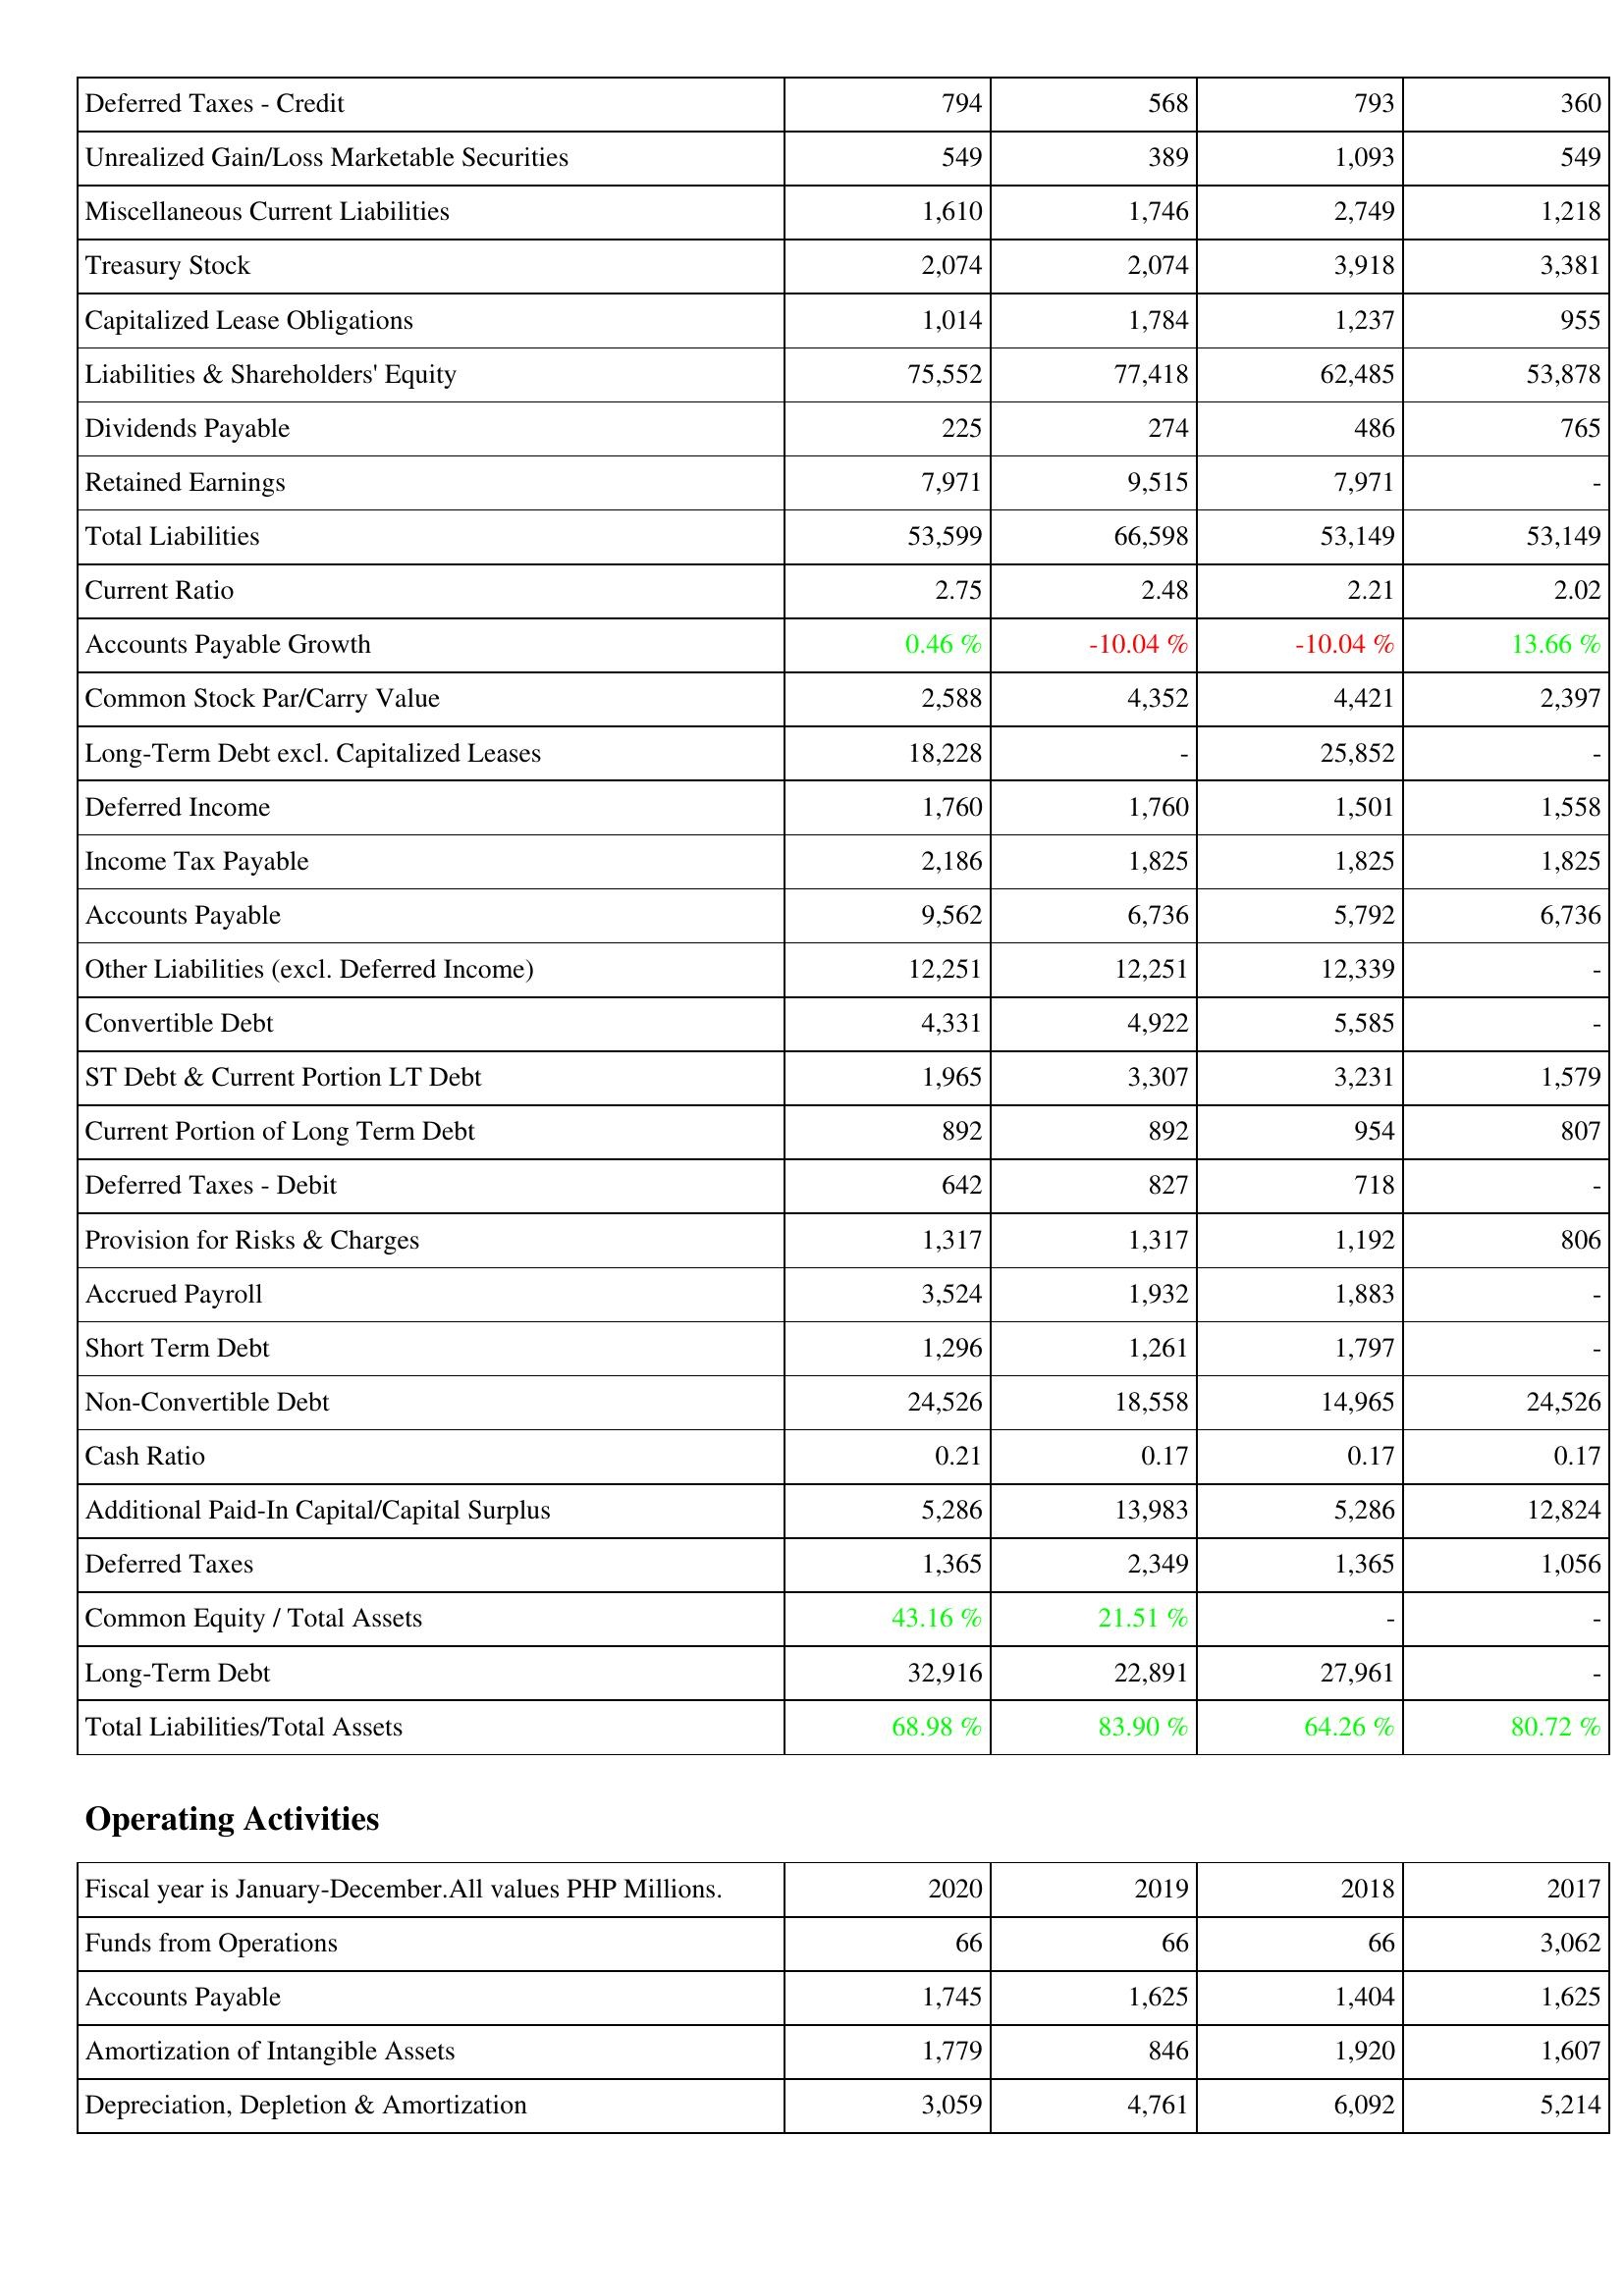
2020: Liabilities & Shareholders' Equity: Deferred Taxes - Credit: 794
Unrealized Gain/Loss Marketable Securities: 549
Miscellaneous Current Liabilities: 1,610
Treasury Stock: 2,074
Capitalized Lease Obligations: 1,014
Liabilities & Shareholders' Equity: 75,552
Dividends Payable: 225
Retained Earnings: 7,971
Total Liabilities: 53,599
Current Ratio: 2.75
Accounts Payable Growth: 0.46 %
Common Stock Par/Carry Value: 2,588
Long-Term Debt excl. Capitalized Leases: 18,228
Deferred Income: 1,760
Income Tax Payable: 2,186
Accounts Payable: 9,562
Other Liabilities (excl. Deferred Income): 12,251
Convertible Debt: 4,331
ST Debt & Current Portion LT Debt: 1,965
Current Portion of Long Term Debt: 892
Deferred Taxes - Debit: 642
Provision for Risks & Charges: 1,317
Accrued Payroll: 3,524
Short Term Debt: 1,296
Non-Convertible Debt: 24,526
Cash Ratio: 0.21
Additional Paid-In Capital/Capital Surplus: 5,286
Deferred Taxes: 1,365
Common Equity / Total Assets: 43.16 %
Long-Term Debt: 32,916
Total Liabilities/Total Assets: 68.98 %
Operating Activities: Funds from Operations: 66
Accounts Payable: 1,745
Amortization of Intangible Assets: 1,779
Depreciation, Depletion & Amortization: 3,059
2019: Liabilities & Shareholders' Equity: Deferred Taxes - Credit: 568
Unrealized Gain/Loss Marketable Securities: 389
Miscellaneous Current Liabilities: 1,746
Treasury Stock: 2,074
Capitalized Lease Obligations: 1,784
Liabilities & Shareholders' Equity: 77,418
Dividends Payable: 274
Retained Earnings: 9,515
Total Liabilities: 66,598
Current Ratio: 2.48
Accounts Payable Growth: -10.04 %
Common Stock Par/Carry Value: 4,352
Long-Term Debt excl. Capitalized Leases: -
Deferred Income: 1,760
Income Tax Payable: 1,825
Accounts Payable: 6,736
Other Liabilities (excl. Deferred Income): 12,251
Convertible Debt: 4,922
ST Debt & Current Portion LT Debt: 3,307
Current Portion of Long Term Debt: 892
Deferred Taxes - Debit: 827
Provision for Risks & Charges: 1,317
Accrued Payroll: 1,932
Short Term Debt: 1,261
Non-Convertible Debt: 18,558
Cash Ratio: 0.17
Additional Paid-In Capital/Capital Surplus: 13,983
Deferred Taxes: 2,349
Common Equity / Total Assets: 21.51 %
Long-Term Debt: 22,891
Total Liabilities/Total Assets: 83.90 %
Operating Activities: Funds from Operations: 66
Accounts Payable: 1,625
Amortization of Intangible Assets: 846
Depreciation, Depletion & Amortization: 4,761
2018: Liabilities & Shareholders' Equity: Deferred Taxes - Credit: 793
Unrealized Gain/Loss Marketable Securities: 1,093
Miscellaneous Current Liabilities: 2,749
Treasury Stock: 3,918
Capitalized Lease Obligations: 1,237
Liabilities & Shareholders' Equity: 62,485
Dividends Payable: 486
Retained Earnings: 7,971
Total Liabilities: 53,149
Current Ratio: 2.21
Accounts Payable Growth: -10.04 %
Common Stock Par/Carry Value: 4,421
Long-Term Debt excl. Capitalized Leases: 25,852
Deferred Income: 1,501
Income Tax Payable: 1,825
Accounts Payable: 5,792
Other Liabilities (excl. Deferred Income): 12,339
Convertible Debt: 5,585
ST Debt & Current Portion LT Debt: 3,231
Current Portion of Long Term Debt: 954
Deferred Taxes - Debit: 718
Provision for Risks & Charges: 1,192
Accrued Payroll: 1,883
Short Term Debt: 1,797
Non-Convertible Debt: 14,965
Cash Ratio: 0.17
Additional Paid-In Capital/Capital Surplus: 5,286
Deferred Taxes: 1,365
Common Equity / Total Assets: -
Long-Term Debt: 27,961
Total Liabilities/Total Assets: 64.26 %
Operating Activities: Funds from Operations: 66
Accounts Payable: 1,404
Amortization of Intangible Assets: 1,920
Depreciation, Depletion & Amortization: 6,092
2017: Liabilities & Shareholders' Equity: Deferred Taxes - Credit: 360
Unrealized Gain/Loss Marketable Securities: 549
Miscellaneous Current Liabilities: 1,218
Treasury Stock: 3,381
Capitalized Lease Obligations: 955
Liabilities & Shareholders' Equity: 53,878
Dividends Payable: 765
Retained Earnings: -
Total Liabilities: 53,149
Current Ratio: 2.02
Accounts Payable Growth: 13.66 %
Common Stock Par/Carry Value: 2,397
Long-Term Debt excl. Capitalized Leases: -
Deferred Income: 1,558
Income Tax Payable: 1,825
Accounts Payable: 6,736
Other Liabilities (excl. Deferred Income): -
Convertible Debt: -
ST Debt & Current Portion LT Debt: 1,579
Current Portion of Long Term Debt: 807
Deferred Taxes - Debit: -
Provision for Risks & Charges: 806
Accrued Payroll: -
Short Term Debt: -
Non-Convertible Debt: 24,526
Cash Ratio: 0.17
Additional Paid-In Capital/Capital Surplus: 12,824
Deferred Taxes: 1,056
Common Equity / Total Assets: -
Long-Term Debt: -
Total Liabilities/Total Assets: 80.72 %
Operating Activities: Funds from Operations: 3,062
Accounts Payable: 1,625
Amortization of Intangible Assets: 1,607
Depreciation, Depletion & Amortization: 5,214